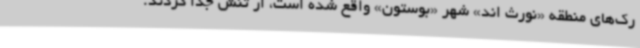
رک‌های منطقه «نورث اند» شهر «بوستون» واقع شده‌ است، از تنش جدا کردند.